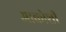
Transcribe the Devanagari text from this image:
आक्रोशी